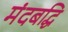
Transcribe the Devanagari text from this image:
मंदबद्धि